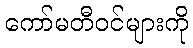
ကော်မတီဝင်များကို